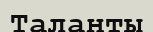
Таланты